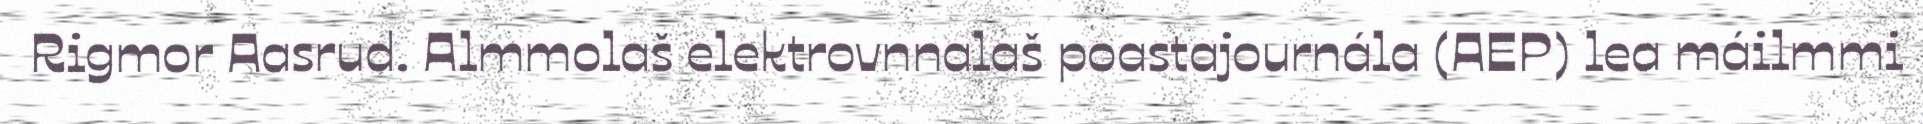
Rigmor Aasrud. Almmolaš elektrovnnalaš poastajournála (AEP) lea máilmmi